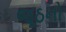
જૂઠનો